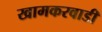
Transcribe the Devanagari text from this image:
खामकरवाडी